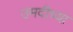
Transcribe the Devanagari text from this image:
उमदीच्या